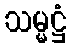
သမ္မဋ္ဌံ